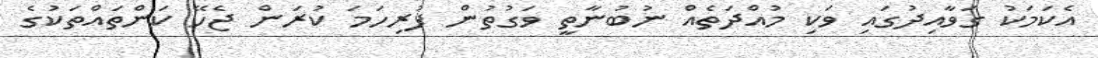
އެކަމަކު ގަވާއިދުގައި ވަކި މުއްދަތެއް ނުބުނާތީ ވަގުތުން ފުރިހަމަ ކުރަން ޖެހޭ ކަންތައްތަކުގެ